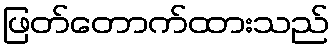
ဖြတ်တောက်ထားသည်